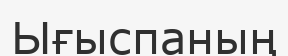
Ығыспаның